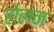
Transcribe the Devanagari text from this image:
रोलन